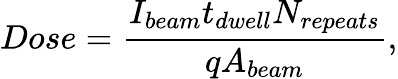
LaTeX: \large Dose=\frac{I_{beam}t_{dwell}N_{repeats}}{qA_{beam}},